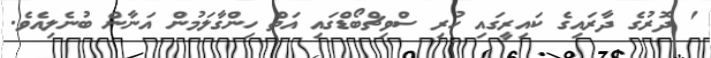
' ދޮރުގެ ދާރައިގެ ކައިރީގައި ހުރި ސްވިޗްބޯޑްގައި އަތް ހިންގާލަމުން އަނާން ބުނެލިއެވެ.